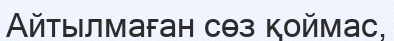
Айтылмаған сөз қоймас,